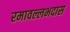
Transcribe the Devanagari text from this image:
रमावल्लभदास